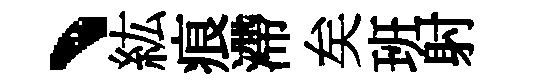
、紘痕滯矣班射